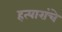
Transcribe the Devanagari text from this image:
हत्यारांचे